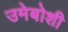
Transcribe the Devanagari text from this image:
उमेबोशी